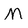
Character: M